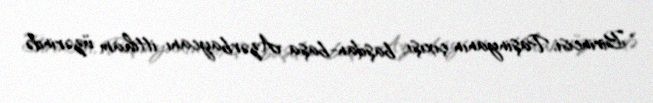
Birincisi, Paşinyanın çıxışı başdan-başa Azərbaycanı ittiham üzərində